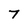
Character: 7